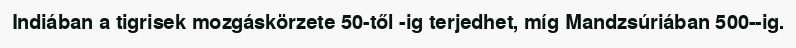
Indiában a tigrisek mozgáskörzete 50-től -ig terjedhet, míg Mandzsúriában 500--ig.